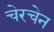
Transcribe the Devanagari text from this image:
चेरचेन